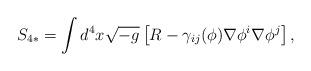
LaTeX: \begin{align*}S_{4*} = \int d^4 x \sqrt{-g} \left[ R - \gamma_{ij} (\phi ) \nabla \phi^i \nabla \phi^j \right] ,\end{align*}